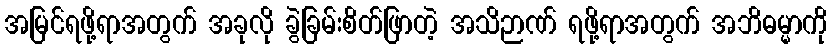
အမြင်ရဖို့ရာအတွက် အခုလို ခွဲခြမ်းစိတ်ဖြာတဲ့ အသိဉာဏ် ရဖို့ရာအတွက် အဘိဓမ္မာကို